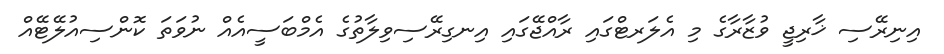
އިނިރޭސި ޚާރިޖީ ވުޒާރާގެ މި އެލަރޓްގައި ރާއްޖޭގައި އިނގިރޭސިވިލާތުގެ އެމްބަސީއެއް ނުވަތަ ކޮންސިއުލޭޓޭއް